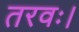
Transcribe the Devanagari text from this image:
तरवः।